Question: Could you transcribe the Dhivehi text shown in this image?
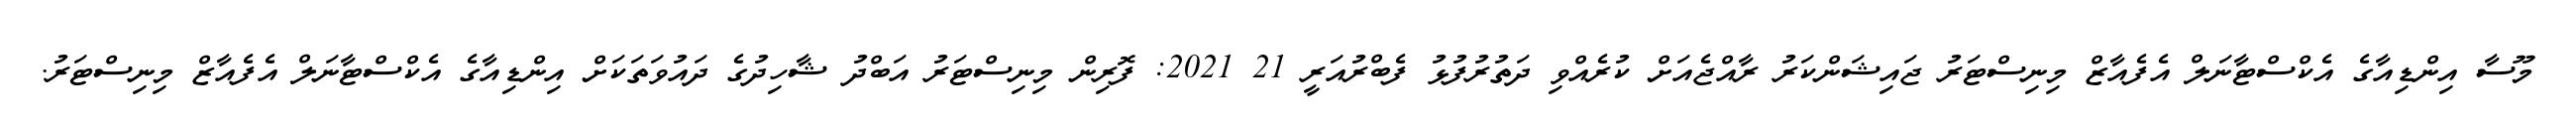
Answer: މޫސާ އިންޑިއާގެ އެކްސްޓާނަލް އެފެއާޒް މިނިސްޓަރު ޖައިޝަންކަރު ރާއްޖެއަށް ކުރެއްވި ދަތުރުފުޅު ފެބްރުއަރީ 21 2021: ފޮރިން މިނިސްޓަރު އަބްދު ޝާހިދުގެ ދައުވަތަކަށް އިންޑިއާގެ އެކްސްޓާނަލް އެފެއާޒް މިނިސްޓަރު.